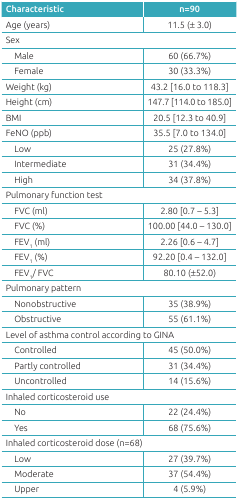
| Characteristic | n=90 |
 | --- | --- |
 | Age (years) | 11.5 (± 3.0) |
 | <COLSPAN=2> Sex |
 | Male | 60 (66.7%) |
 | Female | 30 (33.3%) |
 | Weight (kg) | 43.2 [16.0 to 118.3] |
 | Height (cm) | 147.7 [114.0 to 185.0] |
 | BMI | 20.5 [12.3 to 40.9] |
 | FeNO (ppb) | 35.5 [7.0 to 134.0] |
 | Low | 25 (27.8%) |
 | Intermediate | 31 (34.4%) |
 | High | 34 (37.8%) |
 | <COLSPAN=2> Pulmonary function test |
 | FVC (ml) | 2.80 [0.7 - 5.3] |
 | FVC (%) | 100.00 [44.0 - 130.0] |
 | FEV1 (ml) | 2.26 [0.6 - 4.7] |
 | FEV1 (%) | 92.20 [0.4 - 132.0] |
 | FEV1/ FVC | 80.10 (±52.0) |
 | <COLSPAN=2> Pulmonary pattern |
 | Nonobstructive | 35 (38.9%) |
 | Obstructive | 55 (61.1%) |
 | <COLSPAN=2> Level of asthma control according to GINA |
 | Controlled | 45 (50.0%) |
 | Partly controlled | 31 (34.4%) |
 | Uncontrolled | 14 (15.6%) |
 | <COLSPAN=2> Inhaled corticosteroid use |
 | No | 22 (24.4%) |
 | Yes | 68 (75.6%) |
 | <COLSPAN=2> Inhaled corticosteroid dose (n=68) |
 | Low | 27 (39.7%) |
 | Moderate | 37 (54.4%) |
 | Upper | 4 (5.9%) |